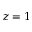
z = 1